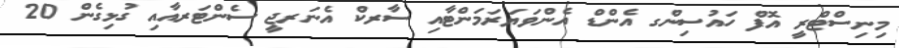
މިނިސްޓްރީ އޮފް ހައުސިންގ އެންޑް އެންވަޔަރަމަންޓާއި ސާރކް އެނަރޖީ ސެންޓަރއާއި ގުޅިގެން 20